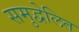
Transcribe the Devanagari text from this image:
समुद्वेलित